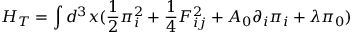
H _ { T } = \int d ^ { 3 } x ( \frac { 1 } { 2 } \pi _ { i } ^ { 2 } + \frac { 1 } { 4 } F _ { i j } ^ { 2 } + A _ { 0 } \partial _ { i } \pi _ { i } + \lambda \pi _ { 0 } )